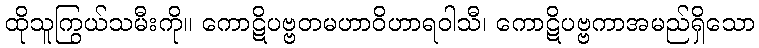
ထိုသူကြွယ်သမီးကို။ ကောဋိပဗ္ဗတမဟာဝိဟာရဝါသီ၊ ကောဋိပဗ္ဗကာအမည်ရှိသော